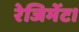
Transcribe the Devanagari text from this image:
रेजिमेंट।